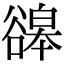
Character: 䜰